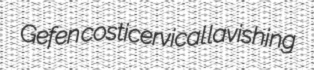
Gefen costicervical lavishing